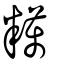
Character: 䊪